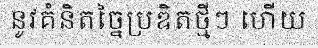
នូវគំនិតច្នៃប្រឌិតថ្មីៗ ហើយ